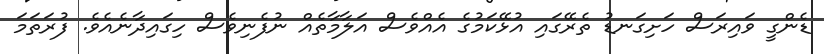
ޑެންގީ ވައިރަސް ހަށިގަނޑު ތެރޭގައި އުޅޭކަމުގެ އެއްވެސް އަލާމާތެއް ނުފެނިވެސް ހިގައިދާނެއެވެ. ފުރަތަމަ